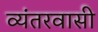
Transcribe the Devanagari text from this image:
व्यंतरवासी